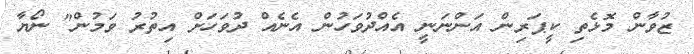
ޒުވާން މޮޅެތި ކީޕަރިން އަންނަނީ އެއްދުވަހުން އެނެއް ދުވަހަށް އިތުރު ވަމުން" ނޯޔާ